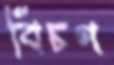
বিচণ